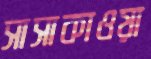
সাসাকাওয়া